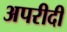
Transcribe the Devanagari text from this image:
अपरीदी